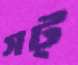
সট্‌